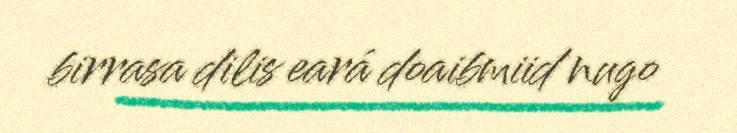
birrasa dilis eará doaibmiid nugo